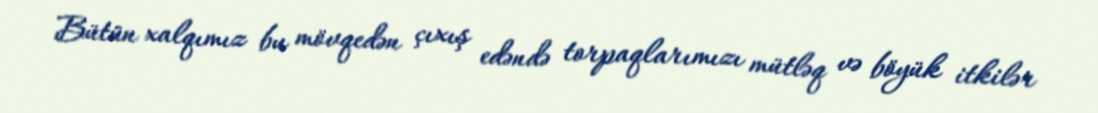
Bütün xalqımız bu mövqedən çıxış edəndə torpaqlarımızı mütləq və böyük itkilər